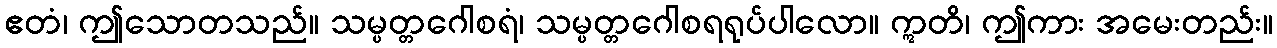
ဧတံ၊ ဤသောတသည်။ သမ္ပတ္တဂေါစရံ၊ သမ္ပတ္တဂေါစရရုပ်ပါလော။ ဣတိ၊ ဤကား အမေးတည်း။